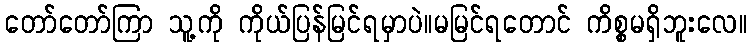
တော်တော်ကြာ သူ့ကို ကိုယ်ပြန်မြင်ရမှာပဲ။မမြင်ရတောင် ကိစ္စမရှိဘူးလေ။